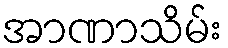
အာဏာသိမ်း